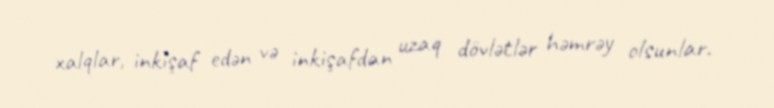
xalqlar, inkişaf edən və inkişafdan uzaq dövlətlər həmrəy olsunlar.